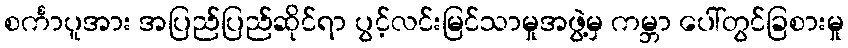
စင်္ကာပူအား အပြည်ပြည်ဆိုင်ရာ ပွင့်လင်းမြင်သာမှုအဖွဲ့မှ ကမ္ဘာ ပေါ်တွင်ခြစားမှု